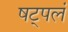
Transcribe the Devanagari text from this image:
षट्पलं